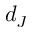
d _ { J }